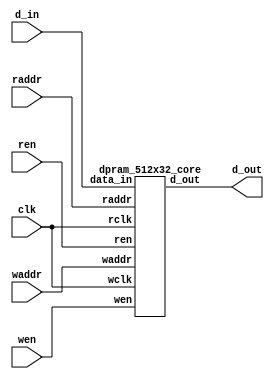
// This program was cloned from: https://github.com/lnis-uofu/OpenFPGA
// License: MIT License

//-----------------------------------------------------
// Design Name : dual_port_ram
// Function    : Dual port RAM 32x1024 
// Coder       : Aurelien
//-----------------------------------------------------

module dpram_512x32 (
	input clk,
	input wen,
	input ren,
	input[0:8] waddr,
	input[0:8] raddr,
	input[0:31] d_in,
	output[0:31] d_out );

		dpram_512x32_core memory_0 (
			.wclk		(clk),
			.wen		(wen),
			.waddr		(waddr),
			.data_in	(d_in),
			.rclk		(clk),
			.ren		(ren),
			.raddr		(raddr),
			.d_out		(d_out) );

endmodule

module dpram_512x32_core (
	input wclk,
	input wen,
	input[0:8] waddr,
	input[0:31] data_in,
	input rclk,
	input ren,
	input[0:8] raddr,
	output[0:31] d_out );

	reg[0:31] ram[0:511];
	reg[0:31] internal;

	assign d_out = internal;

	always @(posedge wclk) begin
		if(wen) begin
			ram[waddr] <= data_in;
		end
	end

	always @(posedge rclk) begin
		if(ren) begin
			internal <= ram[raddr];
		end
	end

endmodule